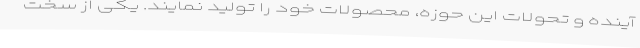
آینده و تحولات این حوزه، محصولات خود را تولید نمایند. یکی از سخت